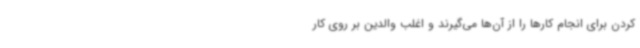
کردن برای انجام کارها را از آن‌ها می‌گیرند و اغلب والدین بر روی کار